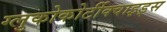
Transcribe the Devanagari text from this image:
ग्लुकोकोर्टीक्वाइड्स